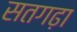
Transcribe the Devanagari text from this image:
सतगढ़ा